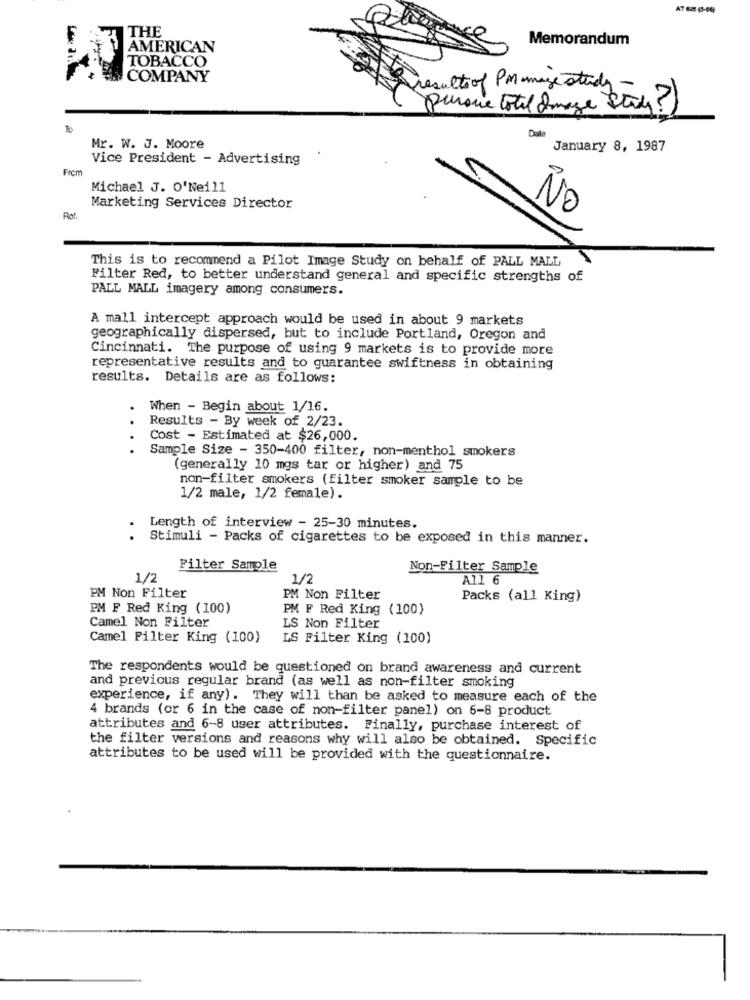
THE
Memorandum
AMERICAN
TOBACCO
COMPANY
results of PMmage study -
pursue total Image stay ?)
2.
Date
Mr. W. J. Moore
January 8, 1987
Vice President - Advertising
Frem
Michael J. O'Neill
Marketing Services Director
NO
Rot.
This is to recommend a Pilot Image Study on behalf of PALL MALL
Filter Red, to better understand general and specific strengths of
PALL MALL imagery among consumers.
A mall intercept approach would be used in about 9 markets
geographically dispersed, but to include Portland, Oregon and
Cincinnati. The purpose of using 9 markets is to provide more
representative results and to guarantee swiftness in obtaining
results. Details are as follows:
.
When - Begin about 1/16.
..
Results - By week of 2/23.
Cost - Estimated at $26,000.
Sample Size - 350-400 filter, non-menthol smokers
(generally 10 mgs tar or higher) and 75
non-filter smokers (filter smoker sample to be
1/2 male, 1/2 female).
Length of interview - 25-30 minutes.
.
Stimuli - Packs of cigarettes to be exposed in this manner.
Filter Sample
Non-Filter Sample
1/2
1/2
All 6
PM Non Filter
PM Non Filter
Packs (all King)
PM F Red King (100)
PM F Red King (100)
Camel Non Filter
LS Non Filter
Camel Filter King (100)
LS Filter King (100)
The respondents would be questioned on brand awareness and current
and previous regular brand (as well as non-filter smoking
experience, if any). They will than be asked to measure each of the
4 brands (or 6 in the case of non-filter panel) on 6-8 product
attributes and 6-8 user attributes. Finally, purchase interest of
the filter versions and reasons why will also be obtained. Specific
attributes to be used will be provided with the questionnaire.